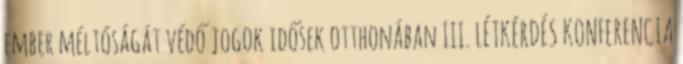
ember méltóságát védő jogok idősek otthonában III. LÉTKÉRDÉS KONFERENCIA